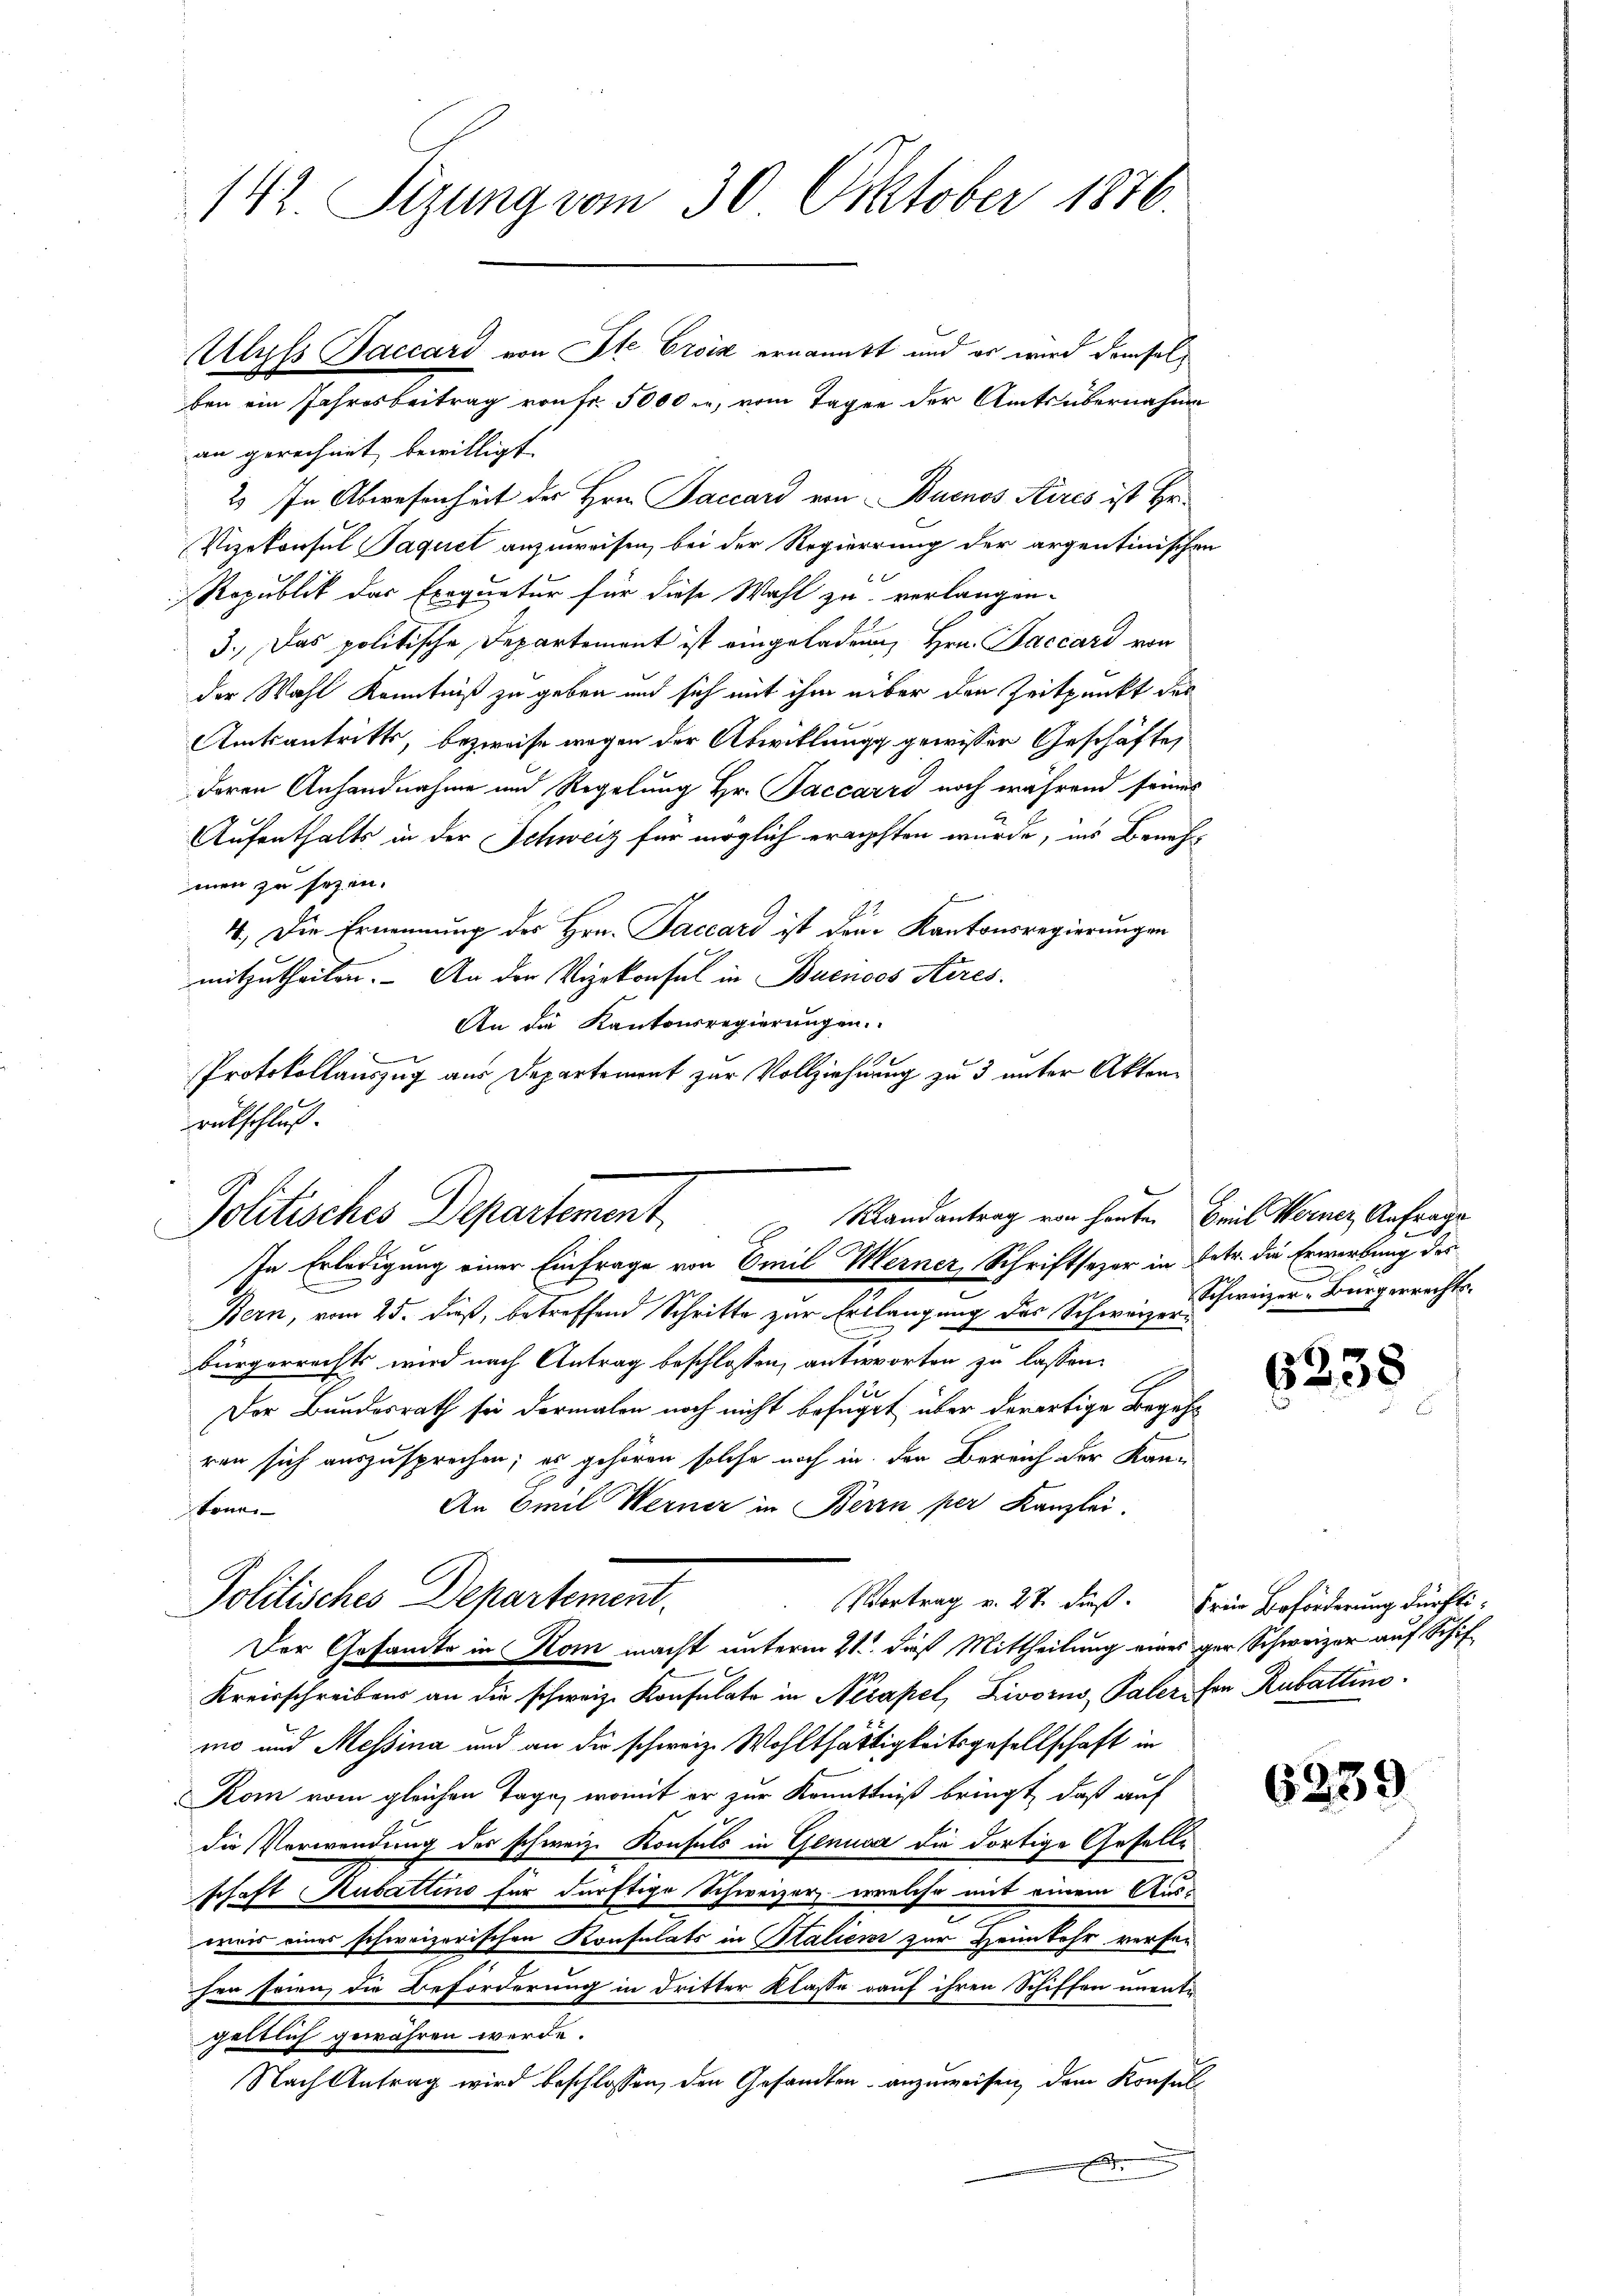
142. Sizung vom 30. Oktober 1876.

ben ein Jahresbeitrag von fr. 5000 m., vom Tagen der Amts übernahme
an gerechnet bewilligt.
2. In Abwesenheit der Hrn. Paccard von Buenos Aires ist Hr.
Vizekonsul Paquet anzuweisen, bei der Regierung der argentinischen
6
Ropublik des Exequatur für diese Wahl zu verlangen.
3., Das politische Departement ist eingeladen, Hrn. Baccari von
der Wahl Kenntniß zu geben und sich mit ihm über den Zeitpunkt des
Amtsantritts, bezweife wegen der Abwicklung gewisser Geschäfte,
deren Anhandnahme und Regelung Hr. Jaccarro noch während seines
Aufenthalts in der Schweiz für möglich ergiften wurde, ins Benehmen zu sezen.
x
4. Die Ernennung des Hrn. Jaccard ist den Kantonsregierungen
mitzutheilen. An der Vizekonsul in Buenoos Aires.
An die Kantonsregierungen.
.
Protokollauszug aus Departement zur Vollziehung zu 3 unter Aktenrutschluß.

Ulyss Baccard von Ste Croix ernannt und er wird demsel¬

Randantrag von heute. Beil Werner Anfrage
Politisches Departement
A
In Erledigung einer Einfrage von Omil Werner, Schriftsazer in Detr. die Erwerbung des

Politisches Departement.

l
Bern, vom 25. dieß, betreffend Schritte zur Erklangung des Schweizer Schweizer-Bürgerrechtsbürgerrechts wird nach Antrag beschlossen, antworten zu lassen.
E
Der Bundesrath sei dermalen noch nicht befüget über derartige Begehr
ren sich auszusprochen; es gehören solche noch in der Bereich der Kan¬
An Emil Werner in Berin per Kanzlei.
könne
Vortrag v. 27. dieß. Frie Beförderung dürfti¬
Der Gesandte in Rom macht unterm 21. dieß Mittheilung eines gar Schweizer auf Schif
Kreisschreibens an die schweiz. Konsulate in Neapel, Livorno, Paler von Rubattins
mo und Messina und an die schweiz. Wohlthätigkeitsgesellschaft in
Kom vom gleichen Tage, womit er zur Kenntniß bringt, daß auf
die Verwendung des schweiz. Konsuls in Genuar die dortige Gesellschaft Rubattino für dürftige Schweizer, welche mit einem Aus-
was eines schweizerischen Konsulats in Italien zur Heimkehr verfen
hen seien die Beförderung in dritter Klasse auf ihren Schiffen unente
geltlich gewähren werde.
Nach Antrag wird beschlossen, den Gesandten anzuweisen, dem Konsul

6238

6339